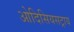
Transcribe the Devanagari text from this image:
ओदिसियसट्राय